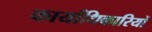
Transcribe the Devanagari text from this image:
कार्याधिकारियों